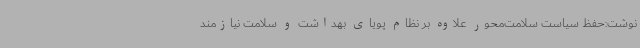
نوشت:حفظ سیاست سلامت‌محور علاوه بر نظام پویای بهداشت و سلامت نیازمند